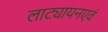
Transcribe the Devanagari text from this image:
लाट्यायनएवं